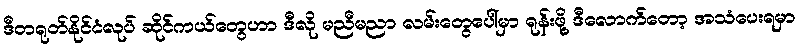
ဒီတရုတ်နိုင်ငံလုပ် ဆိုင်ကယ်တွေဟာ ဒီလို မညီမညာ လမ်းတွေပေါ်မှာ ရုန်းဖို့ ဒီလောက်တော့ အသံပေးရမှာ